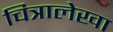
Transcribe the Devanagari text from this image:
चित्रालेखा